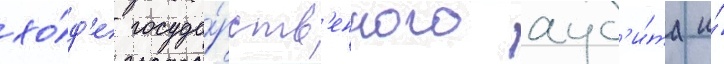
хо́д'е госуда́рств'енного ауд'и́та и́